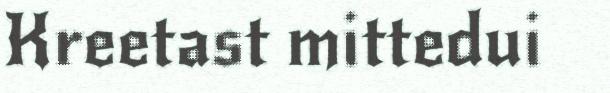
Kreetast mittedui